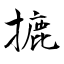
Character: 摝